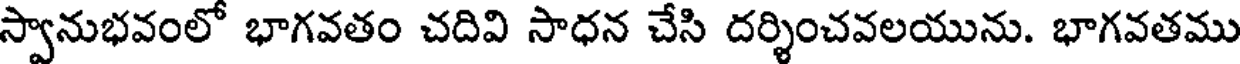
స్వానుభవంలో భాగవతం చదివి సాధన చేసి దర్శించవలయును. భాగవతము